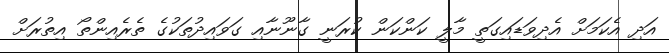
އަދި އެކަމަށް އެދިވަޑައިގަތީ މާލީ ކަންކަން ކުރަނީ ގާނޫނާއި ގަވައިދުތަކުގެ ތެރެއިންތޯ އިތުރަށް